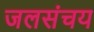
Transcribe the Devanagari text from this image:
जलसंचय